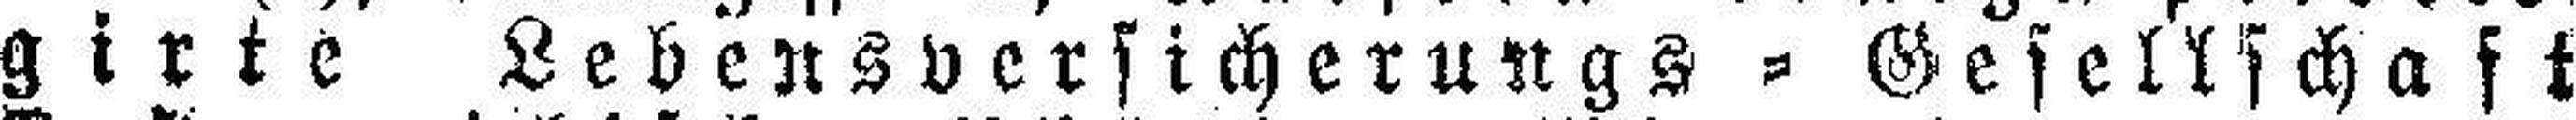
girte Lebensversicherungs = Gesellschaft